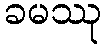
ခမဿု